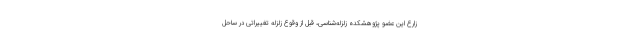
زارع این عضو پژوهشکده زلزله‌شناسی، قبل از وقوع زلزله تغییراتی در ساحل